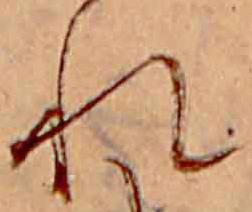
れ